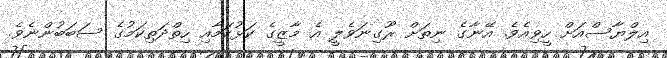
އިލްޔާސްއަށް ހީވިއެވެ. އޭނާގެ ނިތަށް ރޫގިނަވެލީ އެ މާޒީގެ ކަޅުކަމާއި ހިތްދަތިކަމުގެ ސަބަބުންނެވެ.